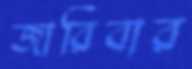
জারিবার